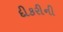
દીકરીની